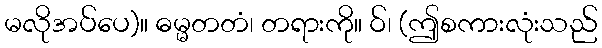
မလိုအပ်ပေ)။ ဓမ္မတတံ၊ တရားကို။ ဝ်၊ (ဤစကားလုံးသည်